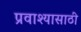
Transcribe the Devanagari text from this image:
प्रवाश्यासाठी